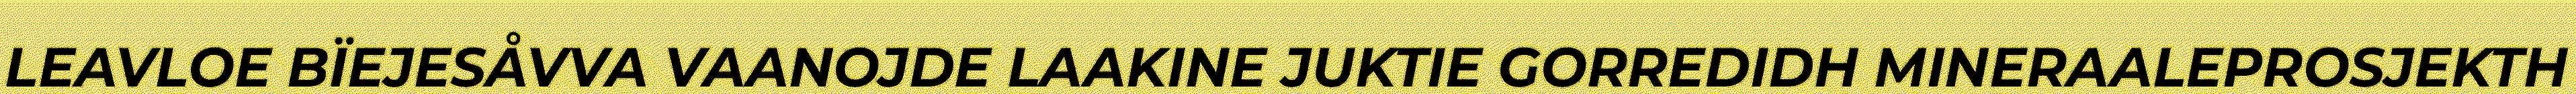
LEAVLOE BÏEJESÅVVA VAANOJDE LAAKINE JUKTIE GORREDIDH MINERAALEPROSJEKTH